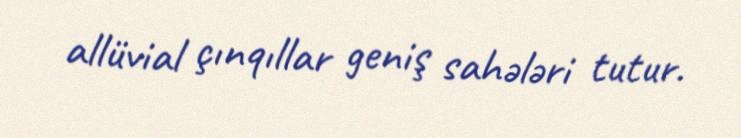
allüvial çınqıllar geniş sahələri tutur.